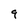
Character: 9